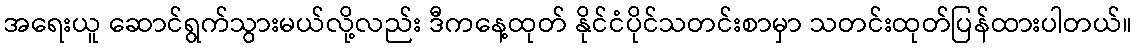
အရေးယူ ဆောင်ရွက်သွားမယ်လို့လည်း ဒီကနေ့ထုတ် နိုင်ငံပိုင်သတင်းစာမှာ သတင်းထုတ်ပြန်ထားပါတယ်။